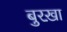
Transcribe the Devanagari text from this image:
बुरख़ा